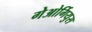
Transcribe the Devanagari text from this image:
गेओर्गियुस